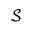
\mathcal { S }